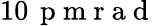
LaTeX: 10\, \mathrm{~p~m~r~a~d~}